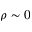
\rho \sim 0